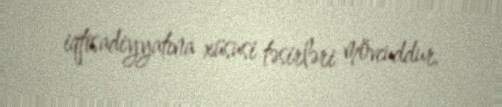
iqtisadiyyatına xüsusi təsirləri mövcuddur.